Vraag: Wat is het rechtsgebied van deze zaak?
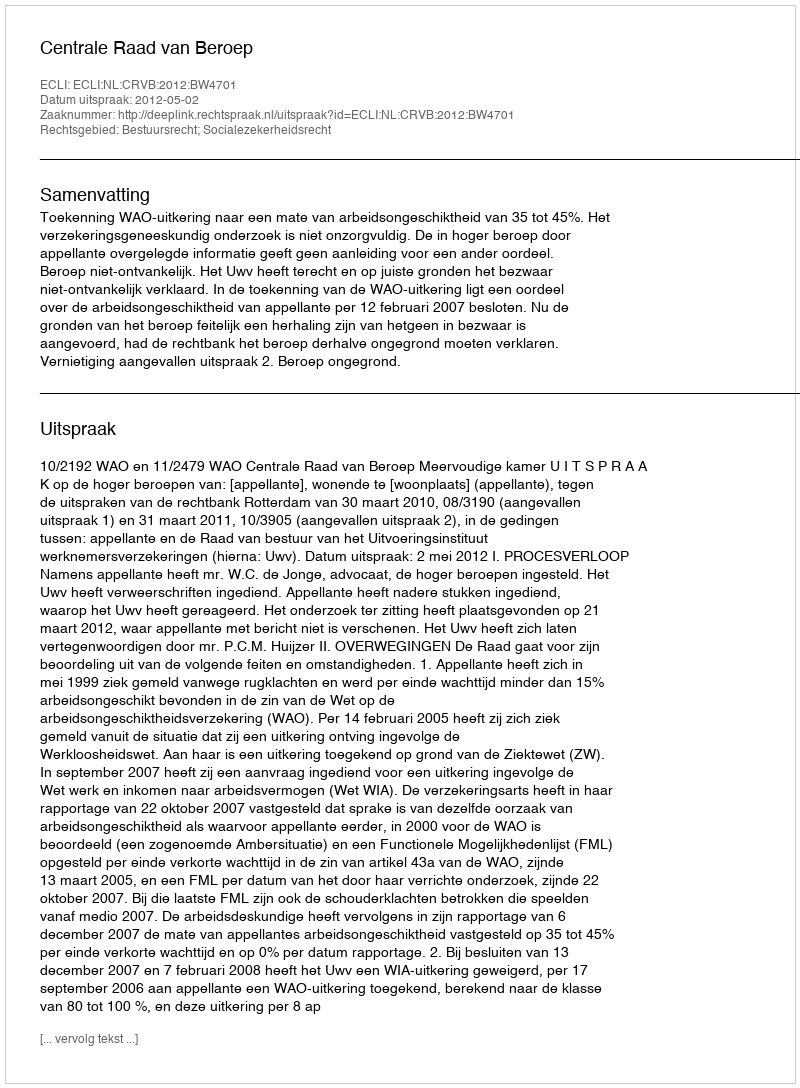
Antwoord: Bestuursrecht; Socialezekerheidsrecht